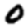
Digit: 0